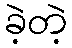
ခဲ့တဲ့